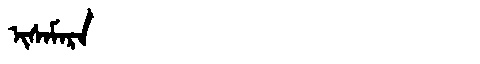
Manchu: ᡳᠰᠠᠮᠠᡵᠠ
Romanization: ISAMARA